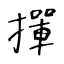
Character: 撣